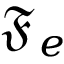
\mathfrak { F } _ { e }